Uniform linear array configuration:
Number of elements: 12
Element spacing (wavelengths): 0.5
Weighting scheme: uniform
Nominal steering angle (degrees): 0
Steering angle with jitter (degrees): -1.14
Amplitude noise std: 0.05
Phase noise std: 0.05

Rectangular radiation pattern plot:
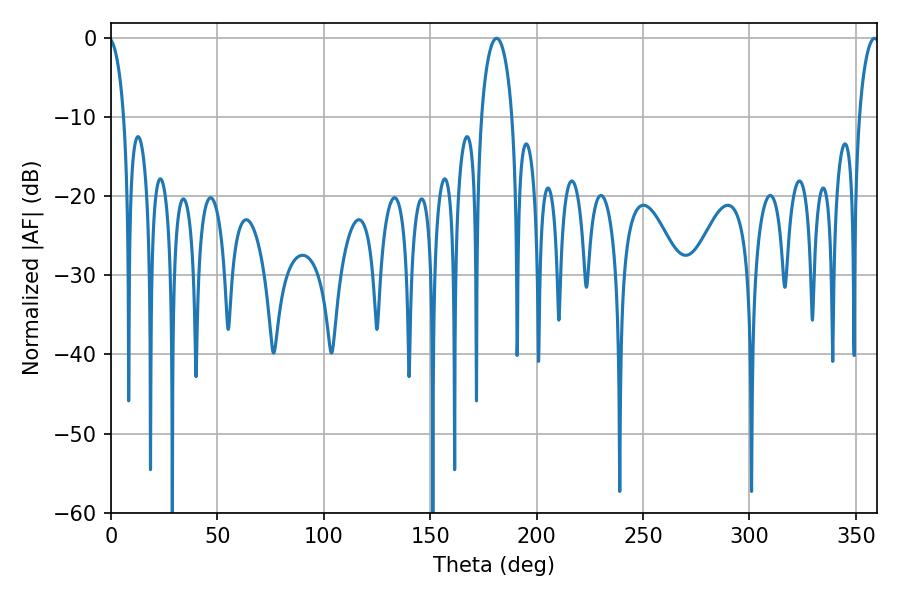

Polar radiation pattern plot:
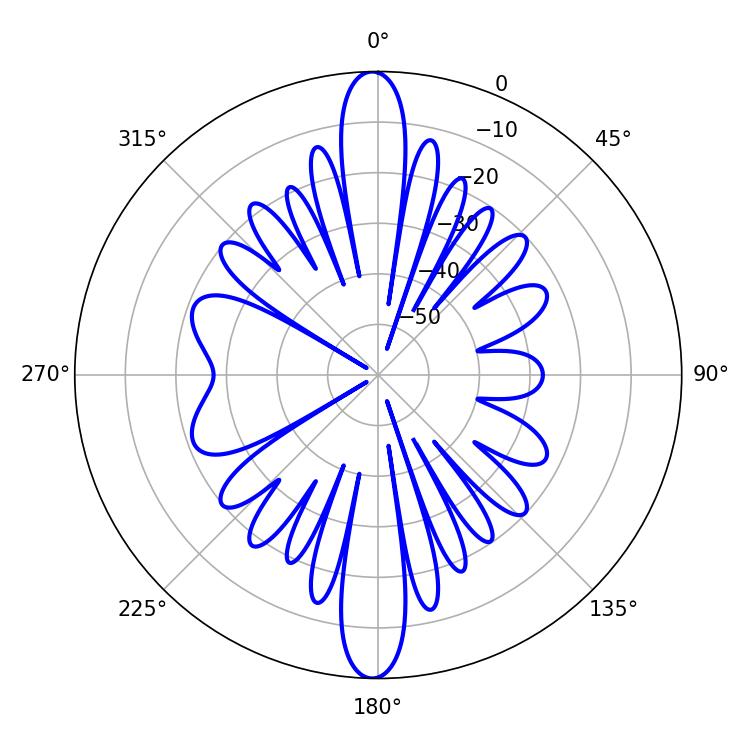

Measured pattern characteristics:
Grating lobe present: FALSE
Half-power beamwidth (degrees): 5.4
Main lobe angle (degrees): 358.74